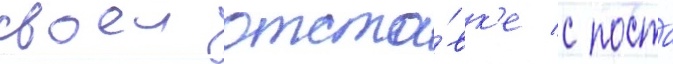
своеи отста́вк'е с поста